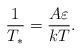
LaTeX: \begin{align*}\frac{1}{T_{*}} = \frac{A \varepsilon}{kT}.\end{align*}